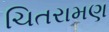
ચિતરામણ